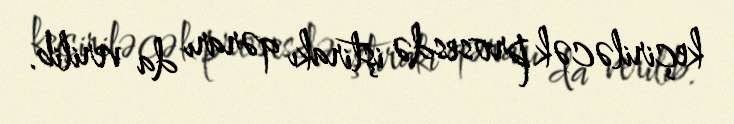
keçiriləcək prosesdə iştirakı qərarı da verilib.